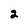
Character: 2